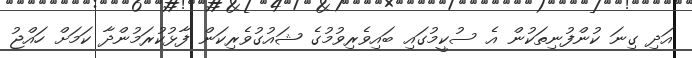
އަދި ގިނަ ކުންފުނިތަކުން އެ ސުކީމުގައި ބައިވެރިވުމުގެ ޝައުގުވެރިކަން ފާޅުކުރަމުންދާ ކަމަށް ހައްޖު